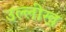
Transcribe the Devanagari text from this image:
उल्लीख